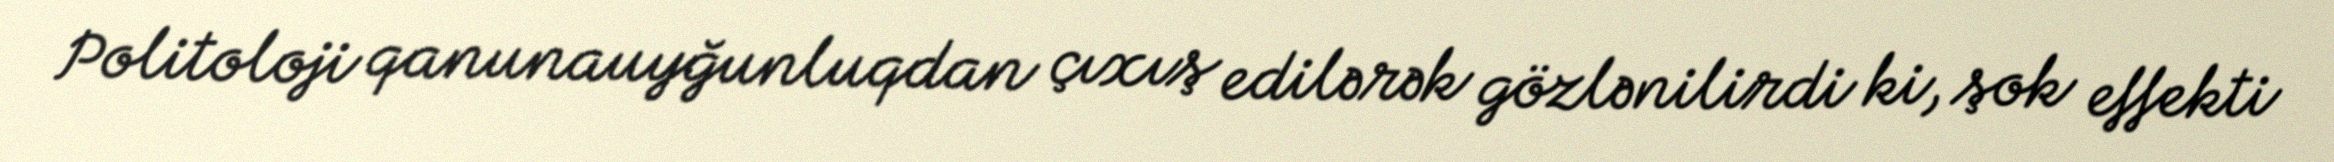
Politoloji qanunauyğunluqdan çıxış edilərək gözlənilirdi ki, şok effekti